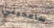
سامحيني